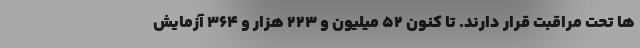
ها تحت مراقبت قرار دارند. تا کنون ۵۲ میلیون و ۲۲۳ هزار و ۳۶۴ آزمایش